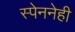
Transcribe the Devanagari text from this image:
स्पेननेही